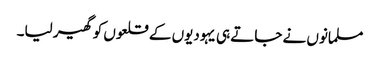
مسلمانوں نے جاتے ہی یہودیوں کے قلعوں کو گھیر لیا۔